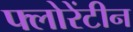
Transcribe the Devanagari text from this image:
फ्लोरेंटीन